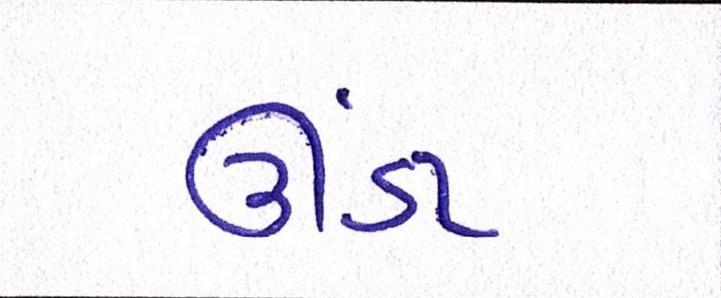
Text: ઊંડા